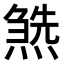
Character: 𤍹